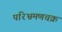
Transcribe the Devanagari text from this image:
परिभ्रमणचक्र